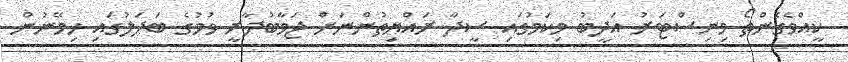
ކީއްވެގެންތޯ މިނިސްޓަރު އަދީބު މިކަމުގައި ސީދާ ރައްޔިތުންނަށް ޖަވާބުދާރީ ވުމުގެ ބަދަލުގައި ހިމޭނުން